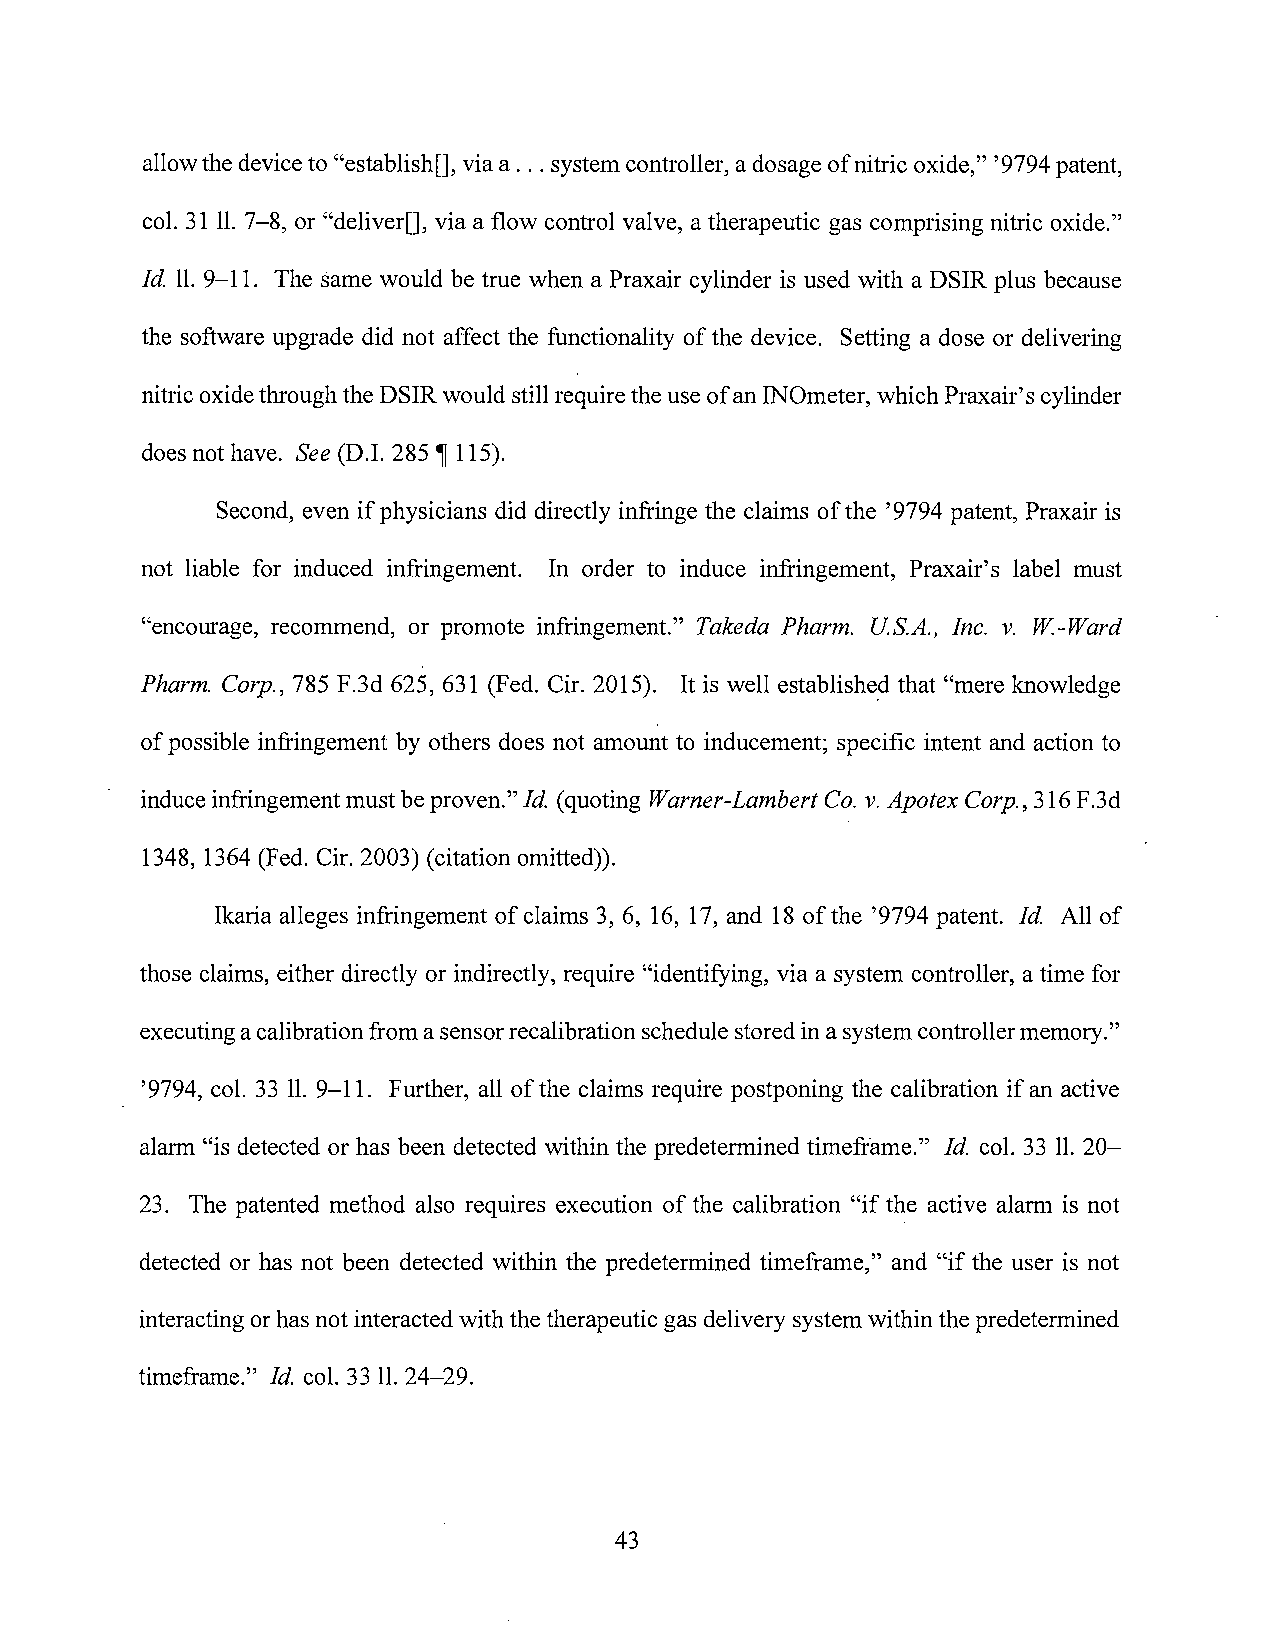
allow the device to "establish[], via a ... system controller, a dosage of nitric oxide," '9794 patent,
 col. 31 11. 7-8, or "deliver[], via a flow control valve, a therapeutic gas comprising nitric oxide."
 Id. 11. 9-11. The same would be true when a Praxair cylinder is used with a DSIR plus because
 the software upgrade did not affect the functionality of the device. Setting a dose or delivering
 nitric oxide through the DSIR would still require the use of an INOmeter, which Praxair' s cylinder
 does not have. See (D.I. 285 ~ 115).
 Second, even if physicians did directly infringe the claims of the '9794 patent, Praxair is
 not liable for induced infringement. In order to induce infringement, Praxair' s label must
 "encourage, recommend, or promote infringement." Takeda Pharm. US.A., Inc. v. W-Ward
 Pharm. Corp., 785 F.3d 625, 631 (Fed. Cir. 2015). It is well established that "mere knowledge
 of possible infringement by others does not amount to inducement; specific intent and action to
 induce infringement must be proven." Id. (quoting Warner-Lambert Co. v. Apotex Corp., 316 F.3d
 1348, 1364 (Fed. Cir. 2003) (citation omitted)).
 Ikaria alleges infringement of claims 3, 6, 16, 17, and 18 of the '9794 patent. Id. All of
 those claims, either directly or indirectly, require "identifying, via a system controller, a time for
 executing a calibration from a sensor recalibration schedule stored in a system controller memory."
 '9794, col. 33 11. 9-11. Further, all of the claims require postponing the calibration if an active
 alarm "is detected or has been detected within the predetermined timeframe." Id. col. 33 11. 20-
 23. The patented method also requires execution of the calibration "if the active alarm is not
 detected or has not been detected within the predetermined timeframe," and "if the user is not
 interacting or has not interacted with the therapeutic gas delivery system within the predetermined
 timeframe." Id. col. 33 11. 24-29.
 43